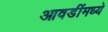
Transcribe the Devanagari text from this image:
आवडींमध्ये